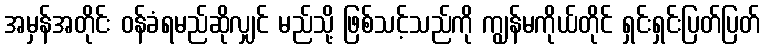
အမှန်အတိုင်း ဝန်ခံရမည်ဆိုလျှင် မည်သို့ ဖြစ်သင့်သည်ကို ကျွန်မကိုယ်တိုင် ရှင်းရှင်းပြတ်ပြတ်